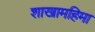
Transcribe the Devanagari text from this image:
शाखामहिमा